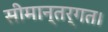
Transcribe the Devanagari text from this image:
सीमान्तर्गत।